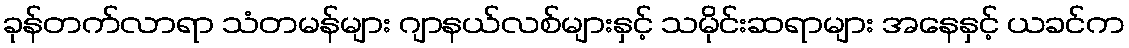
ခုန်တက်လာရာ သံတမန်များ ဂျာနယ်လစ်များနှင့် သမိုင်းဆရာများ အနေနှင့် ယခင်က